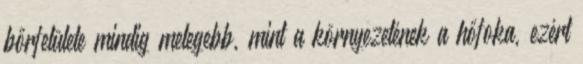
bőrfelülete mindig melegebb, mint a környezetének a hőfoka, ezért